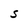
Character: S